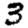
Digit: 3